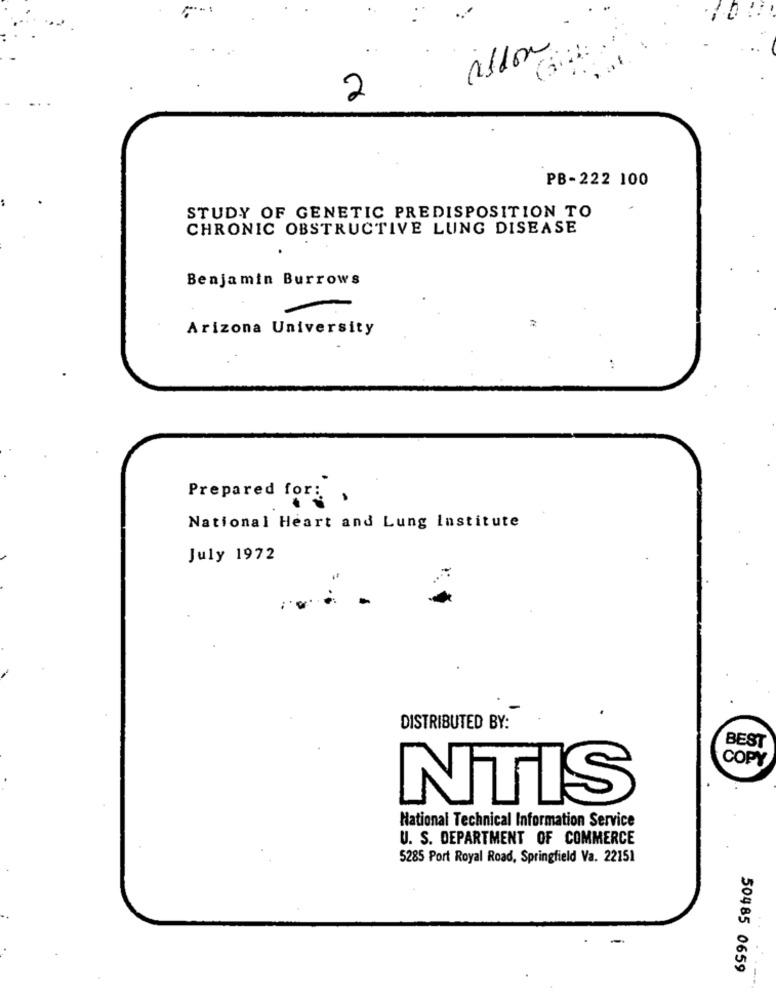
2
PB-222 100
STUDY OF GENETIC PREDISPOSITION TO
CHRONIC OBSTRUCTIVE LUNG DISEASE
Benjamin Burrows
Arizona University
Prepared for: ,
National Heart and Lung Institute
July 1972
DISTRIBUTED BY:
BEST
COPY
NTIS
National Technical Information Service
U. S. DEPARTMENT OF COMMERCE
5285 Port Royal Road, Springfield Va. 22151
50485 0659